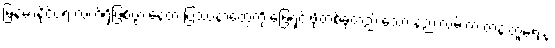
မြန်မာနိုင်ငံရဲ့ လက်ရှိဖြစ်ပွားနေတဲ့ ပြဿနာတွေကို ဖြေရှင်းဖို့တစ်ခုတည်းသော နည်းလမ်းက တန်းတူရေးနဲ့